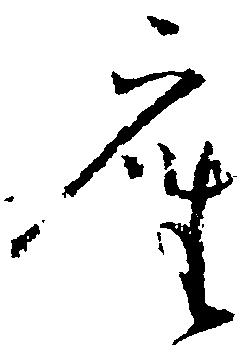
座